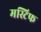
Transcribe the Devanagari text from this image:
मस्टिफ